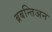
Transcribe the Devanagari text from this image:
ब्रबन्तिअन